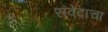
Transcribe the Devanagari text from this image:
संवेदाचा